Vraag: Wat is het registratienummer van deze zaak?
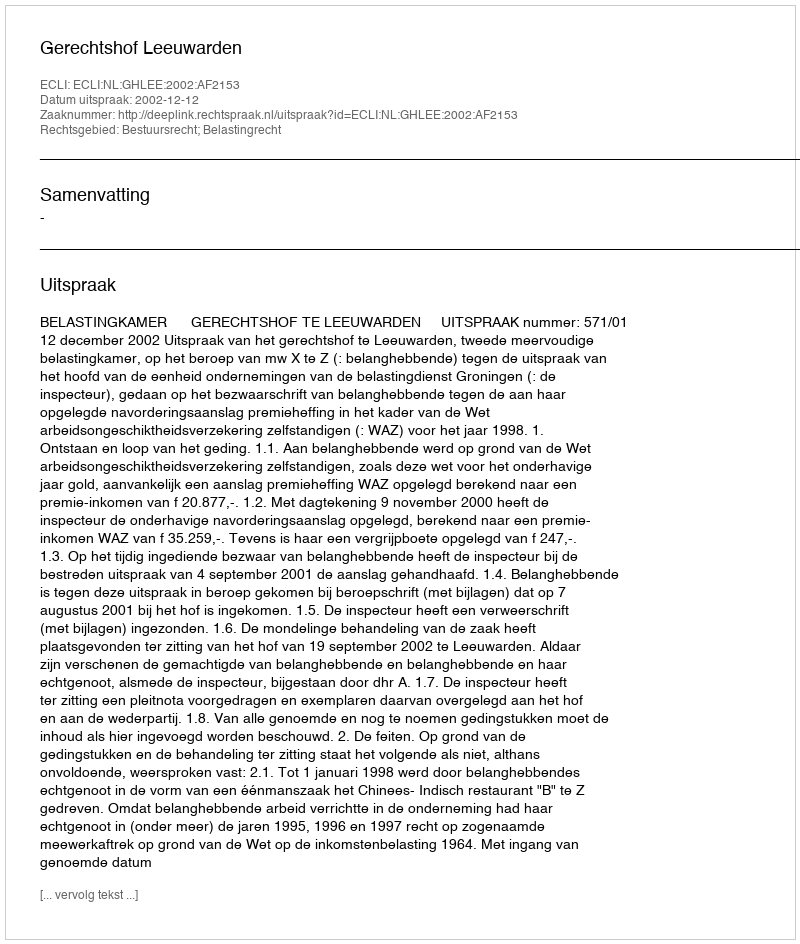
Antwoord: http://deeplink.rechtspraak.nl/uitspraak?id=ECLI:NL:GHLEE:2002:AF2153